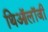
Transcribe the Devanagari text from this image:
थिऑलॉजी